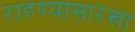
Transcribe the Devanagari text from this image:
राहण्यासारखा